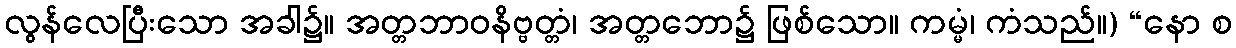
လွန်လေပြီးသော အခါ၌။ အတ္တဘာဝနိဗ္ဗတ္တံ၊ အတ္တဘော၌ ဖြစ်သော။ ကမ္မံ၊ ကံသည်။) “နော စ